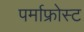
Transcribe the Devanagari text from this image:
पर्माफ्रोस्ट